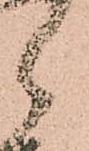
郎